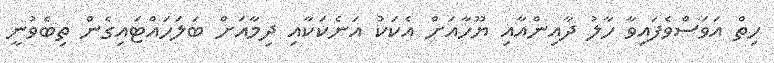
ހިތް އަވަސްވެފައިވާ ހާލު ދާއިންއާއި ޔޫހާއަށް އެކަކު އަނެކަކާއި ދިމާއަށް ބަލަހައްޓައިގެން ތިބެވުނީ